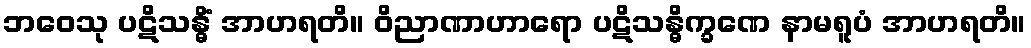
ဘဝေသု ပဋိသန္ဓိံ အာဟရတိ။ ဝိညာဏာဟာရော ပဋိသန္ဓိက္ခဏေ နာမရူပံ အာဟရတိ။